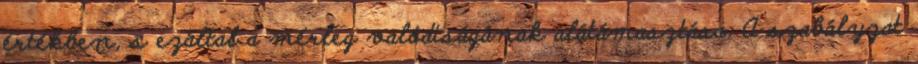
értékben, s ezáltal a mérleg valódiságának alátámasztása. A szabályzat